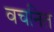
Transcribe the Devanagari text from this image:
वचनित